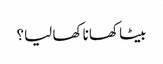
بیٹا کھانا کھا لیا؟